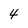
Character: 4